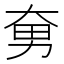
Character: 𱘲